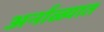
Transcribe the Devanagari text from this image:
अर्नाळ्यात